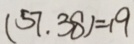
( 5 7 . 3 8 ) = 1 9